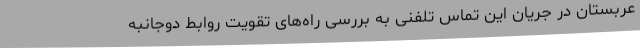
عربستان در جریان این تماس تلفنی به بررسی راه‌های تقویت روابط دوجانبه